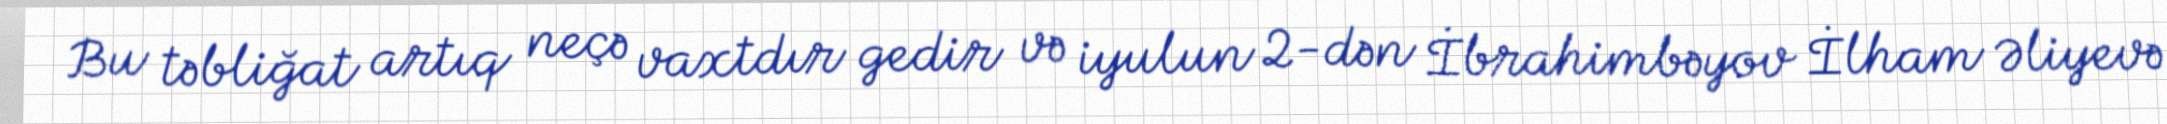
Bu təbliğat artıq neçə vaxtdır gedir və iyulun 2-dən İbrahimbəyov İlham Əliyevə